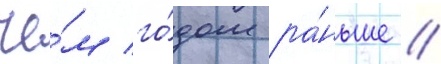
че́м го́дом ра́ньше //